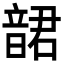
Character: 𩐩